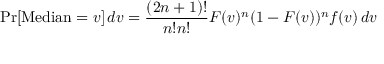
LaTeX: \operatorname* { P r } [ \operatorname { M e d i a n } = v ] \, d v = { \frac { ( 2 n + 1 ) ! } { n ! n ! } } F ( v ) ^ { n } ( 1 - F ( v ) ) ^ { n } f ( v ) \, d v